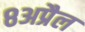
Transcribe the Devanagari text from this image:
८अप्रैल